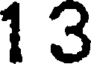
1 3